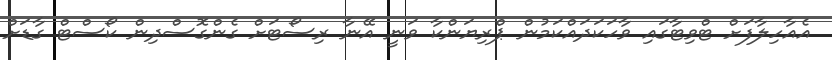
އެއާހިލާފަށް ޓްވިޓާގައި ވާހަކަދައްކަމުން ޕްރިޔަންކާ ވަނީ އޭނާ ރިސޯޓަށް ގެންގޮސްދިން ކޯސްޓް ގާޑަށް